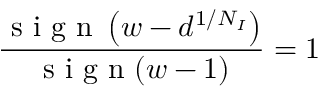
\frac { \mathrm { ~ s ~ i ~ g ~ n ~ } \left( w - d ^ { 1 / N _ { I } } \right) } { \mathrm { ~ s ~ i ~ g ~ n ~ } ( w - 1 ) } = 1